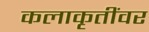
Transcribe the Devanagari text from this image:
कलाकृतींवर